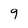
Character: 9